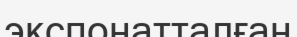
экспонатталған